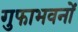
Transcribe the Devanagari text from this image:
गुफाभवनों